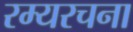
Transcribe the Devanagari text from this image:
रम्यरचना